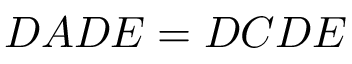
{ \cal D } A { \cal D } E = { \cal D } C { \cal D } { \cal E }